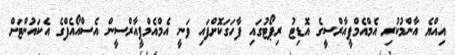
އިއްޔެ އާންމުކުރި އެމްއެމްޕީއާރްސީގެ އޮޑިޓު ރިޕޯޓުގައި ފާހަގަކޮށްފައި ވަނީ އެމްއެމްޕީއާރްސީން އެސްއޯއެފްގެ އެކައުންޓަށް